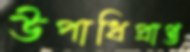
উপাধিপ্রাপ্ত